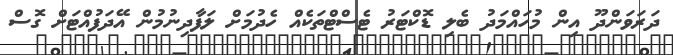
ދަރަވަންދޫ އިން މުހައްމަދު ބެލި ޑޮކްޓަރު ޓެސްޓްތަކެއް ހެދުމަށް ލަފާދިނުމުން އޭދަފުއްޓަށް ގޮސް